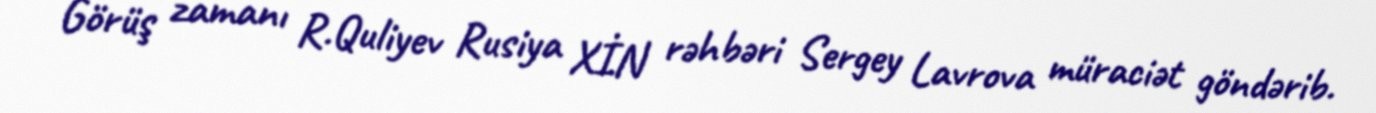
Görüş zamanı R.Quliyev Rusiya XİN rəhbəri Sergey Lavrova müraciət göndərib.